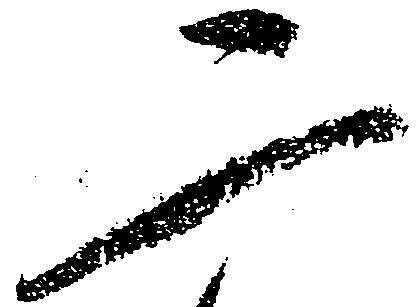
二